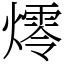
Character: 燯